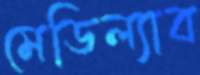
মেডিল্যাব